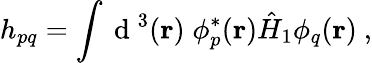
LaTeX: h_{pq}=\int\mathrm{~d~}^{3}(\textbf{r})\; \phi_{p}^{*}(\textbf{r})\hat{H}_{1}\phi_{q}(\textbf{r})~,